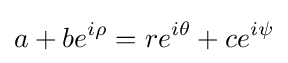
a+be^{i\rho }=re^{i\theta }+ce^{i\psi }